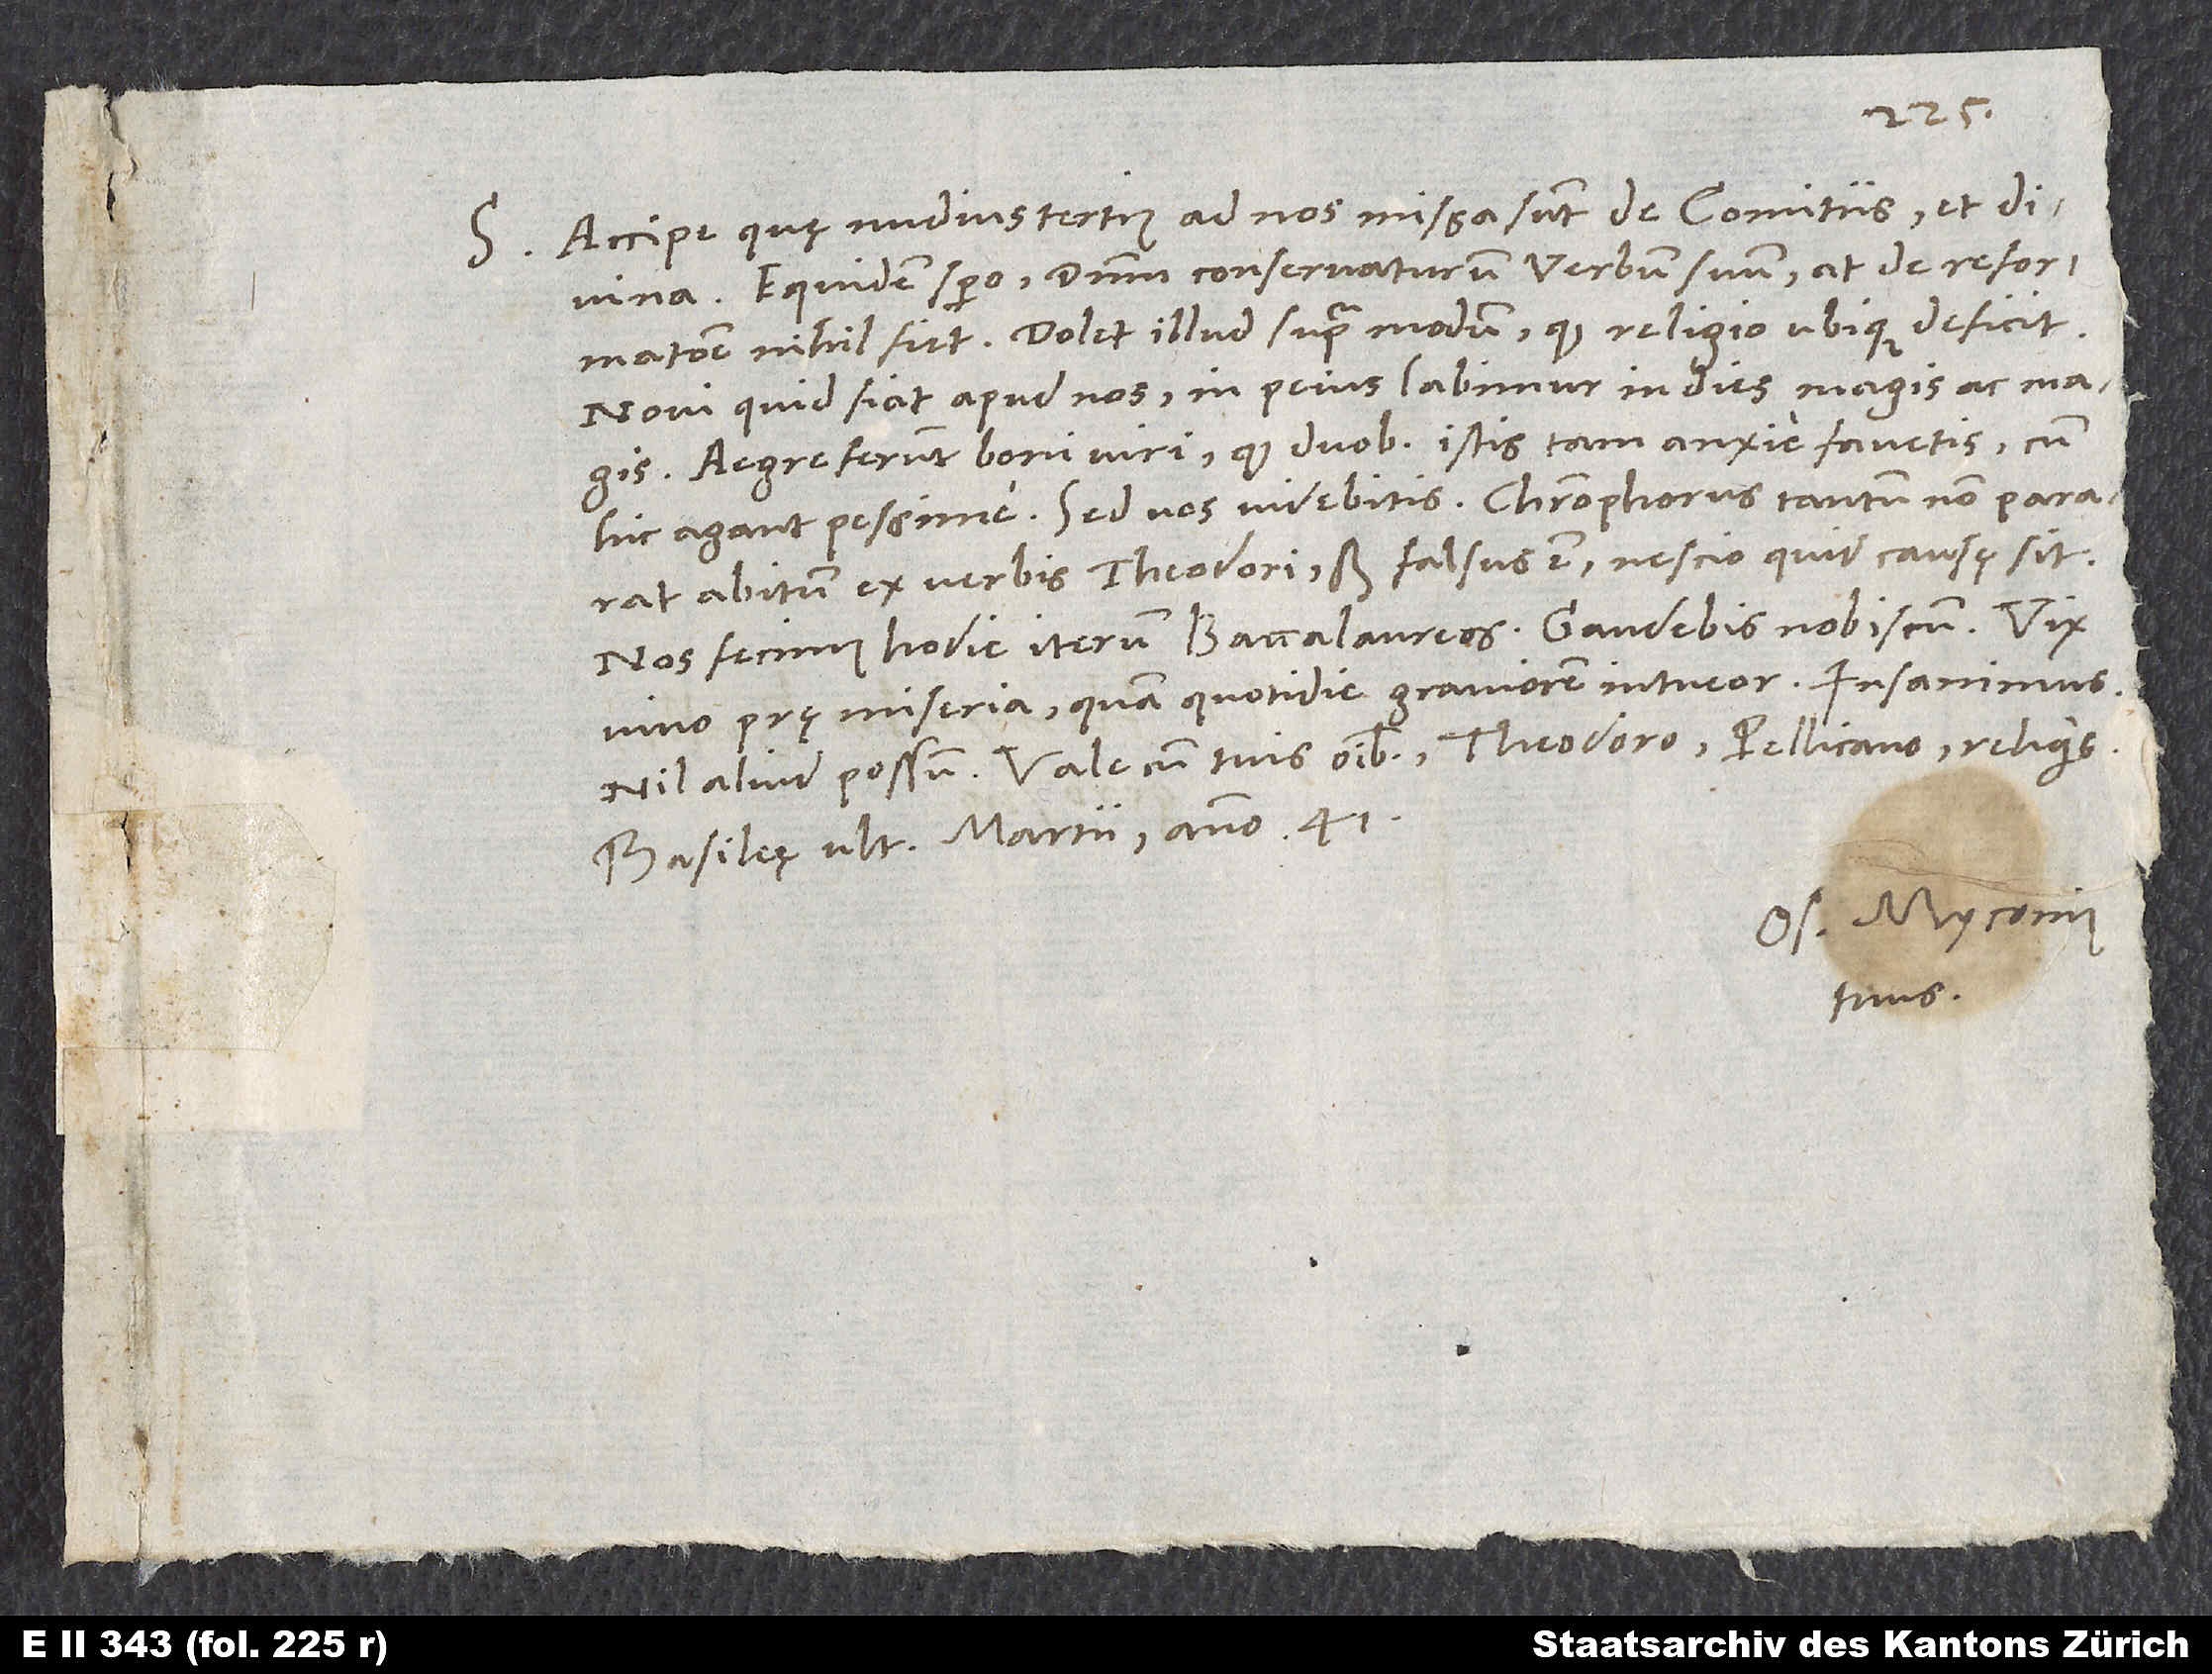
S. Accipe, quę nudiustertius ad nos missa sunt de comitiis, et divina.
Equidem spero dominum conservaturum verbum suum; at de reformatione
Dolet illud supra modum, quod religio ubique deficit.
Novi quid fiat apud nos: In peius labimur in dies magis ac magis.
Aegre ferunt boni viri, quod duobus istis tam anxie favetis, cum
hic agant pessime. Sed vos videbitis. Christophorus tantum non pararat
abitum ex verbis Theodori, sed falsus est; nescio, quid causę sit.
Nos fecimus hodie iterum baccalaureos. Gaudebis nobiscum. Vix
vivo prę miseria, quam quotidie graviorem intueor.
Vale cum tuis omnibus, Theodoro, Pellicano, reliquis.
Basileę, ultima martii anno 41.
Os. Myconius
tuus.